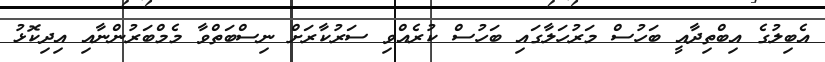
އެބިލުގެ އިބްތިދާއީ ބަހުސް މަރުހަލާގައި ބަހުސް ކުރެއްވި ސަރުކާރަށް ނިސްބަތްވާ މެމްބަރުންނާއި އިދިކޮޅު